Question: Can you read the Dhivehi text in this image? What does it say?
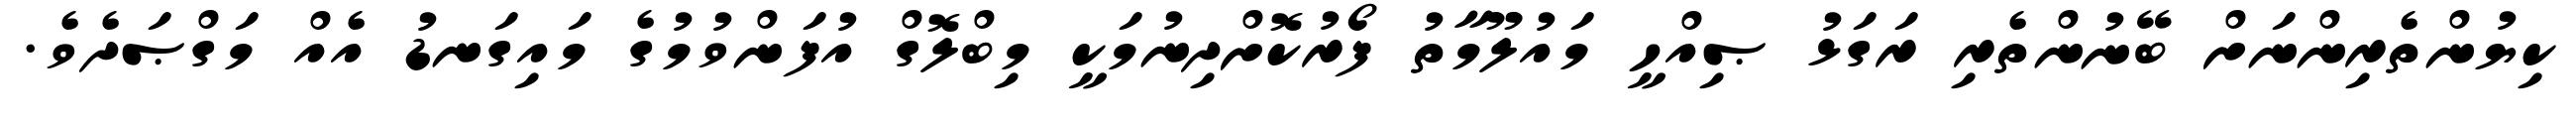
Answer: ކިޔުންތެރިންނަށް ބޭނުންތެރި ރަގަޅު ޞިއްހީ މައުލޫމާތު ފޯރުކޮށްދިނުމަކީ މިބްލޮގް އުފަންވުމުގެ މައިގަނޑު އެއް މަގްޞަދެވެ.